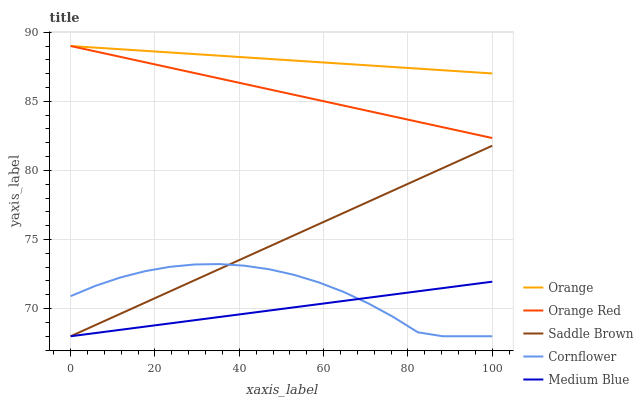
| xaxis_label | Orange | Orange Red | Saddle Brown | Cornflower | Medium Blue |
 | --- | --- | --- | --- | --- | --- |
 | 0 | 89 | 89 | 68 | 70.9 | 68 |
 | 5.88 | 88.9 | 88.6 | 68.8 | 71.6 | 68.2 |
 | 11.8 | 88.8 | 88.2 | 69.6 | 72.2 | 68.5 |
 | 17.6 | 88.6 | 87.8 | 70.4 | 72.7 | 68.7 |
 | 23.5 | 88.5 | 87.4 | 71.2 | 73 | 68.9 |
 | 29.4 | 88.4 | 87 | 72.1 | 73.2 | 69.2 |
 | 35.3 | 88.3 | 86.7 | 72.9 | 73.2 | 69.4 |
 | 41.2 | 88.2 | 86.3 | 73.7 | 73.1 | 69.6 |
 | 47.1 | 88.1 | 85.9 | 74.5 | 72.8 | 69.9 |
 | 52.9 | 87.9 | 85.5 | 75.3 | 72.4 | 70.1 |
 | 58.8 | 87.8 | 85.1 | 76.1 | 71.9 | 70.3 |
 | 64.7 | 87.7 | 84.7 | 76.9 | 71.2 | 70.6 |
 | 70.6 | 87.6 | 84.3 | 77.7 | 70.4 | 70.8 |
 | 76.5 | 87.5 | 83.9 | 78.5 | 69.4 | 71 |
 | 82.4 | 87.4 | 83.5 | 79.4 | 68.3 | 71.3 |
 | 88.2 | 87.2 | 83.1 | 80.2 | 68 | 71.5 |
 | 94.1 | 87.1 | 82.7 | 81 | 68 | 71.7 |
 | 100 | 87 | 82.3 | 81.8 | 68 | 71.9 |